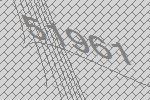
51961